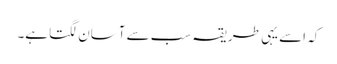
کہ اسے یہی طریقہ سب سے آسان لگتا ہے۔